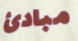
مبادئ